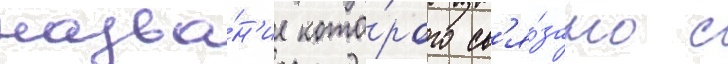
назва́н'ие кото́рого св'я́зано с